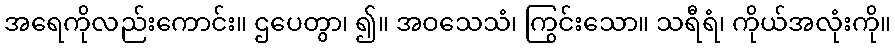
အရေကိုလည်းကောင်း။ ဌပေတွာ၊ ၍။ အဝသေသံ၊ ကြွင်းသော။ သရီရံ၊ ကိုယ်အလုံးကို။